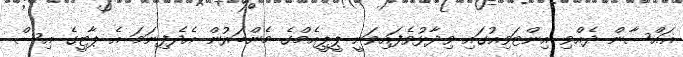
ޣައްސާން ދެއްވި އިންޓަވިއުގައި ވިދާޅުވެފައިވަނީ ޕީޕީއެމްގެ މެންބަރުން އެދެފިނަމަ އެ ޕާޓީގެ އިސް